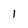
Character: 1